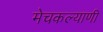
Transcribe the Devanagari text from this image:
मेचकल्याणी